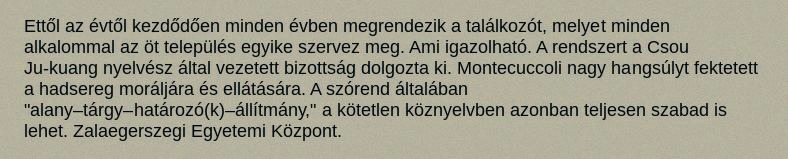
Ettől az évtől kezdődően minden évben megrendezik a találkozót, melyet minden alkalommal az öt település egyike szervez meg. Ami igazolható. A rendszert a Csou Ju-kuang nyelvész által vezetett bizottság dolgozta ki. Montecuccoli nagy hangsúlyt fektetett a hadsereg moráljára és ellátására. A szórend általában "alany–tárgy–határozó(k)–állítmány," a kötetlen köznyelvben azonban teljesen szabad is lehet. Zalaegerszegi Egyetemi Központ.